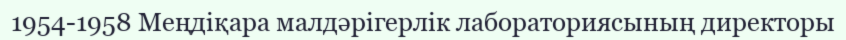
1954-1958 Меңдіқара малдәрігерлік лабораториясының директоры